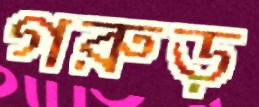
গরুড়